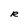
Character: R